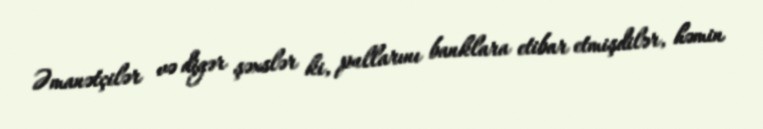
Əmanətçilər və digər şəxslər ki, pullarını banklara etibar etmişdilər, həmin